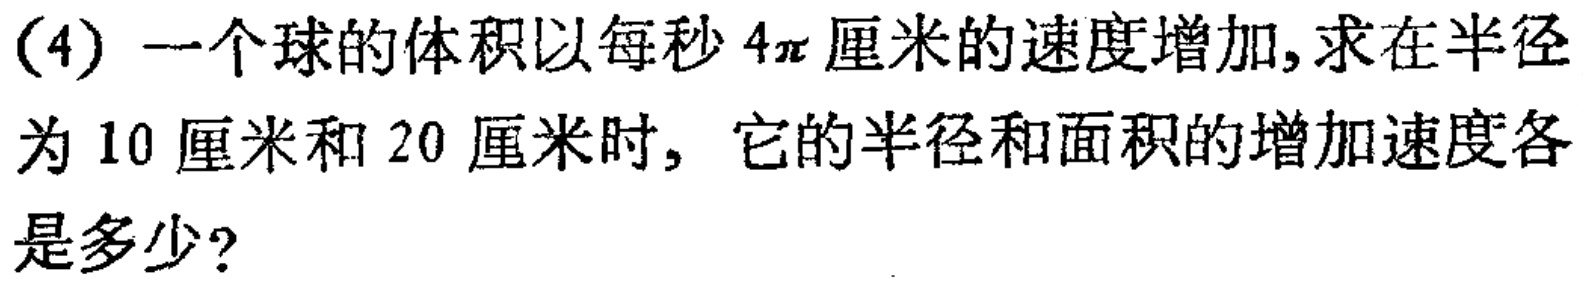
(4) 一个球的体积以每秒 \(4\pi\) 厘米的速度增加,求在半径为 \(10\) 厘米和 \(20\) 厘米时, 它的半径和面积的增加速度各是多少?